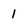
Character: 1